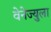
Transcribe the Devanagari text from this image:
वेनेज्युला